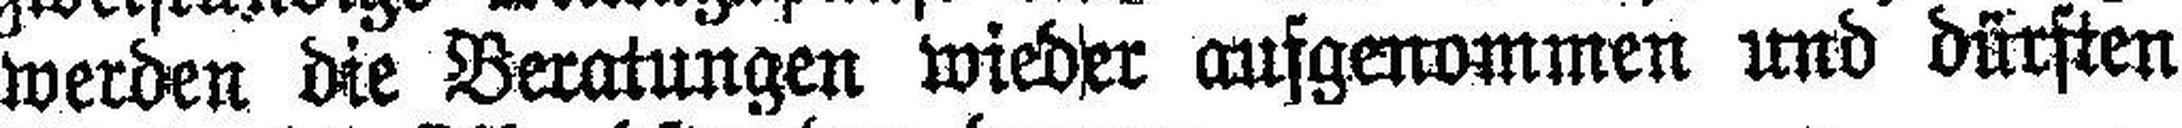
werden die Beratungen wieder ausgenommen und dürften